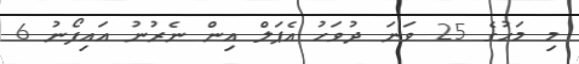
މި މަހުގެ 25 ވަނަ ދުވަހު އެޕަލް އިން ނެރުނު އައިފޯނު 6